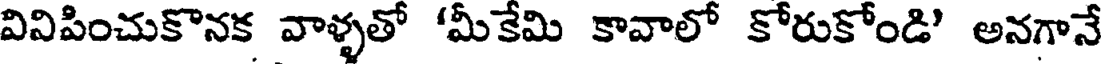
వివిపించుకొనక వాళ్ళతో 'మీకేమి కావాలో కోరుకోండి' అనగానే